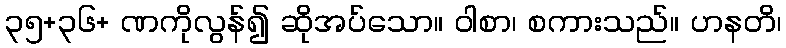
၃၅+၃၆+ ဏကိုလွန်၍ ဆိုအပ်သော။ ဝါစာ၊ စကားသည်။ ဟနတိ၊